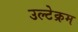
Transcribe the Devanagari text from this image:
उल्टेक्रम